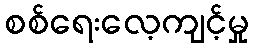
စစ်ရေးလေ့ကျင့်မှု